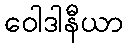
ဝေါဒါနီယာ